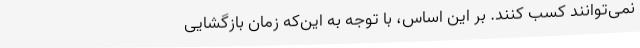
نمی‌توانند کسب کنند. بر این اساس، با توجه به این‌که زمان بازگشایی